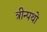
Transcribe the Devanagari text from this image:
त्रीन्पथो